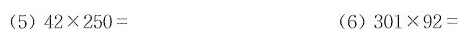
(5)42×250=(6)301×92=